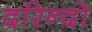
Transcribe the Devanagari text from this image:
दरिन्‍दो